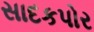
સાદકપોર